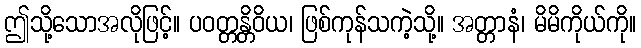
ဤသို့သောအလိုဖြင့်။ ပဝတ္တန္တိဝိယ၊ ဖြစ်ကုန်သကဲ့သို့။ အတ္တာနံ၊ မိမိကိုယ်ကို။